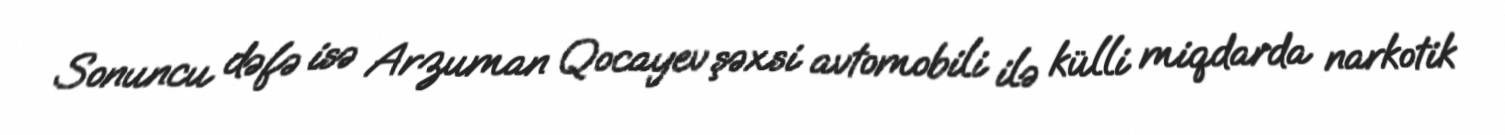
Sonuncu dəfə isə Arzuman Qocayev şəxsi avtomobili ilə külli miqdarda narkotik